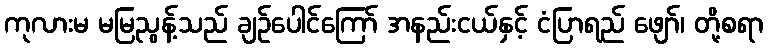
ကုလားမ မမြညွန့်သည် ချဉ်ပေါင်ကြော် အနည်းငယ်နှင့် ငံပြာရည် ဖျော်၊ တို့စရာ